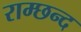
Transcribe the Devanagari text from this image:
राम्छन्द